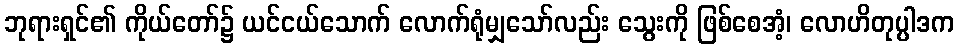
ဘုရားရှင်၏ ကိုယ်တော်၌ ယင်ငယ်သောက် လောက်ရုံမျှသော်လည်း သွေးကို ဖြစ်စေအံ့၊ လောဟိတုပ္ပါဒက